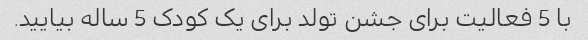
با 5 فعالیت برای جشن تولد برای یک کودک 5 ساله بیایید.